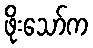
ဖိုးသော်က